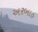
અરબાહ